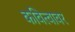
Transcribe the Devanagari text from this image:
कवित्वावर